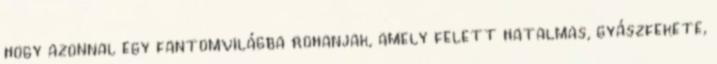
hogy azonnal egy fantomvilágba rohanjak, amely felett hatalmas, gyászfekete,